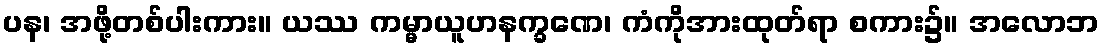
ပန၊ အဖို့တစ်ပါးကား။ ယဿ ကမ္မာယူဟနက္ခဏေ၊ ကံကိုအားထုတ်ရာ စကား၌။ အလောဘ